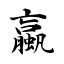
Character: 蠃